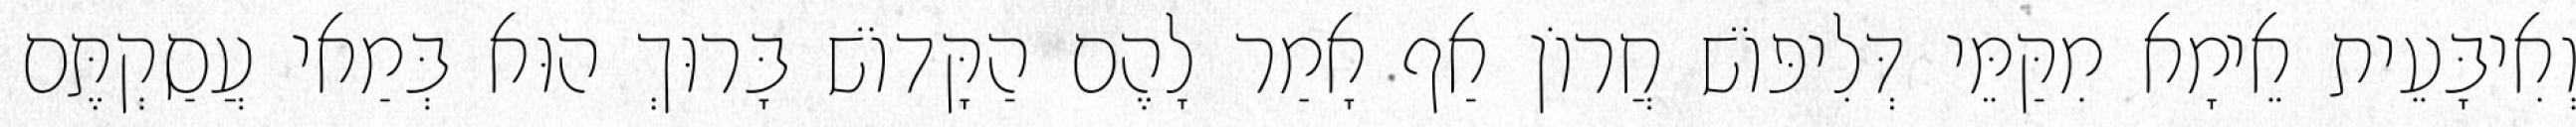
וְאִיבָּעֵית אֵימָא מִקַּמֵּי דְּלִיפּוֹשׁ חֲרוֹן אַף אָמַר לָהֶם הַקָּדוֹשׁ בָּרוּךְ הוּא בְּמַאי עֲסַקְתֶּם